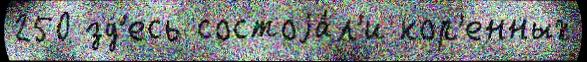
250 зд'есь состоjа́л'и кор'енных